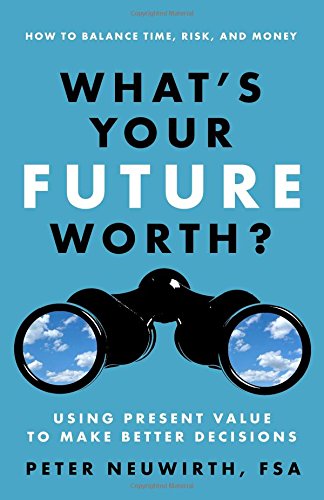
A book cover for What's Your Future Worth?: Using Present Value to Make Better Decisions; Peter Neuwirth FSA; Business & Money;